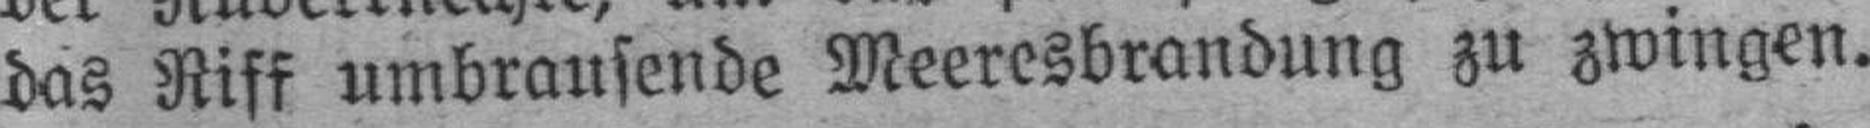
das Riff umbrausende Meeresbrandung zu zwingen.